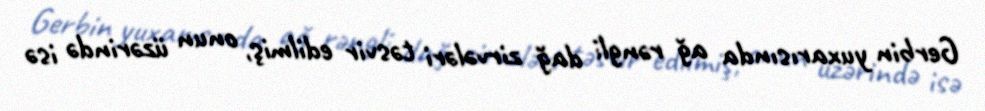
Gerbin yuxarısında ağ rəngli dağ zirvələri təsvir edilmiş, onun üzərində isə